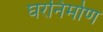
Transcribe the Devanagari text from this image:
घरनिर्माण